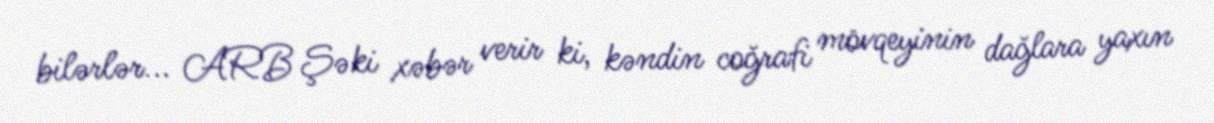
bilərlər... ARB Şəki xəbər verir ki, kəndin coğrafi mövqeyinin dağlara yaxın